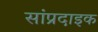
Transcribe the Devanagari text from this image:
सांप्रदाइक